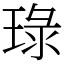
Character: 琭